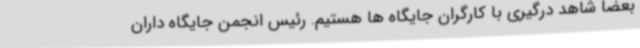
بعضا شاهد درگیری با کارگران جایگاه ها هستیم. رئیس انجمن جایگاه داران